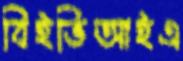
বিইভিআইএ